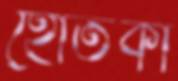
হোতকা